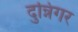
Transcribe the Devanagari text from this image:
दुन्निंगर